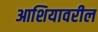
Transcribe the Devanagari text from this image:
आशियावरील